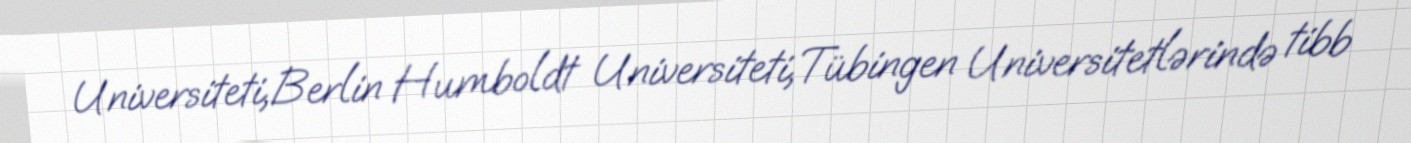
Universiteti,Berlin Humboldt Universiteti,Tübingen Universitetlərində tibb